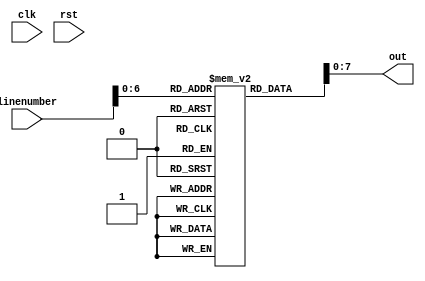
module program (
    input clk,
    input rst,
    input [7:0] linenumber,
    output [7:0] out
  );
  
  reg [7:0] outputline;
  reg [16:0] program [64:0];
  assign out = outputline;
  
  initial begin
    program[0] = 8'b10001111; // MOV R3 <- 3
    program[1] = 8'b10001011; // MOV R2 <- 3
    program[2] = 8'b10000101; // MOV R1 <- 1

	 program[3] = 8'b00011110; // ADD R3, R2
	 
	 // Essentially: While (R1 != R3)
	 program[4] = 8'b01110100; // INC R1
	 program[5] = 8'b10010111; // CMP R1, R3
	 program[6] = 8'b10110100; // JNZ instruction 4
	 // End while
	 
	 program[7] = 8'b00011101; // ADD R3, R1
  end

  /* Combinational Logic */
  always @* begin
    outputline = program[linenumber];
  end
  
  /* Sequential Logic */
  always @(posedge clk) begin
    if (rst) begin
      // Add flip-flop reset values here
    end else begin
      // Add flip-flop q <= d statements here
    end
  end
  
endmodule